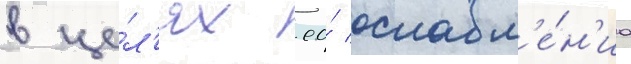
в це́л'ях ео́ ослабл'е́н'иа